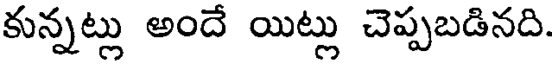
కున్నట్లు అందే యిట్లు చెప్పబడినది.